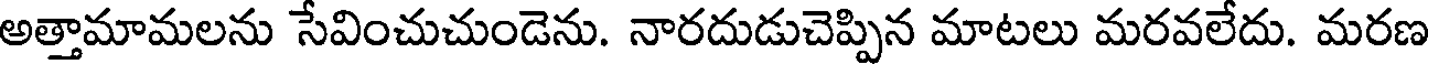
అత్తామామలను సేవించుచుండెను. నారదుడుచెప్పిన మాటలు మరవలేదు. మరణ